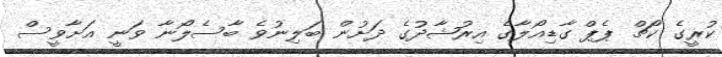
ކުރީގެ ކޯޗް ޕެޕް ގާޑިއޯލާގެ އިރުޝާދުގެ ދަށުން ބަލިނުވެ ބާސެލޯނާ ވަނީ އަށާވީސް